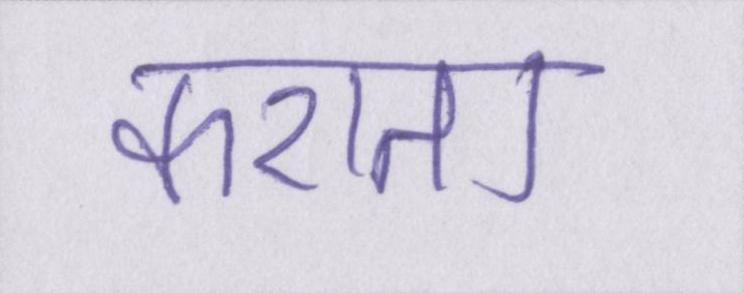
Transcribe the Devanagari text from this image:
कराता